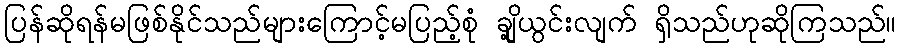
ပြန်ဆိုရန်မဖြစ်နိုင်သည်များကြောင့်မပြည့်စုံ ချို့ယွင်းလျက် ရှိသည်ဟုဆိုကြသည်။